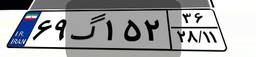
۱۶گ۸۱۹۱۲